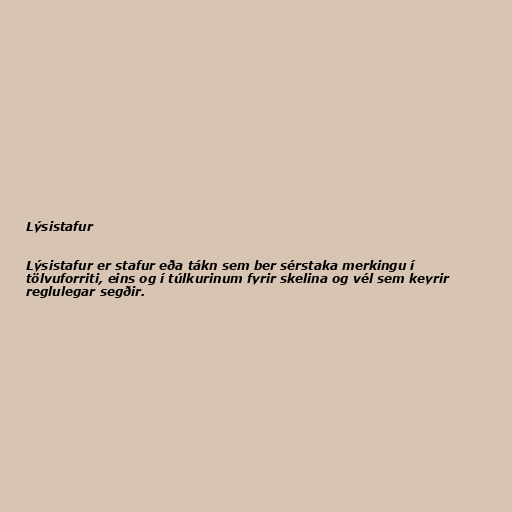
Lýsistafur

Lýsistafur er stafur eða tákn sem ber sérstaka merkingu í
tölvuforriti, eins og í túlkurinum fyrir skelina og vél sem keyrir
reglulegar segðir.